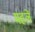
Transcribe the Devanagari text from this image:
महलें